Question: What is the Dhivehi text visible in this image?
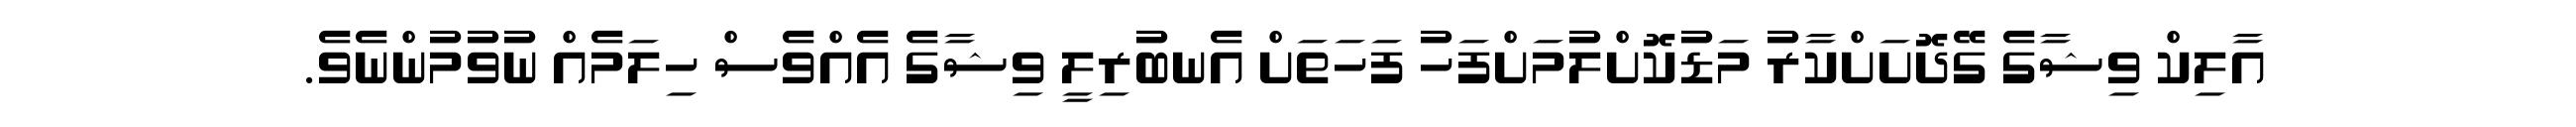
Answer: އާލިކް ވިޝާގެ ގޭދޮށަށްކާރު މަޑުކޮށްލުމަށްފަހު ފަހަތަށް އެނބުރިލީ ވިޝާގެ އެއްވެސް ހިލަމެއް ނުވުމުންނެވެ.